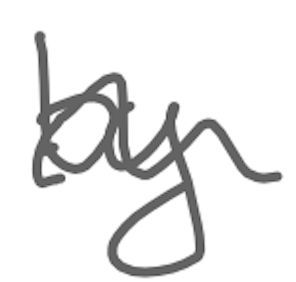
Text: by
Cross-out: wave
Writing tool: digital_gray